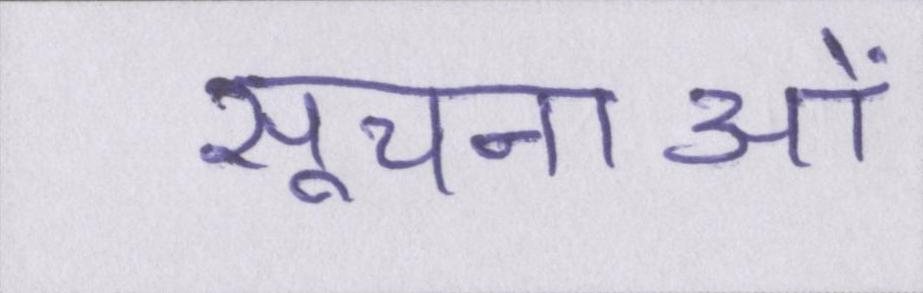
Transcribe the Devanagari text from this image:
सूचनाओं